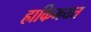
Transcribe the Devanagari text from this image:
हाकिमयत